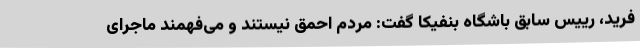
فرید، رییس سابق باشگاه بنفیکا گفت: مردم احمق نیستند و می‌فهمند ماجرای